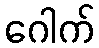
ဂေါက်